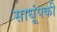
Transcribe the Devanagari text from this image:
साधूंपकी